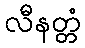
လီနတ္တံ